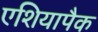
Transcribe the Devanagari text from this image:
एशियापैक